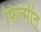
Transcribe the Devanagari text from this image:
फिल्मीत